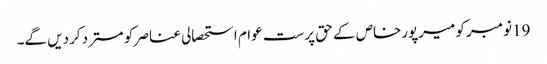
19نومبر کو میرپورخاص کے حق پرست عوام استحصالی عناصر کو مسترد کردیں گے۔